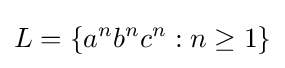
L=\{a^{n}b^{n}c^{n}:n\geq 1\}